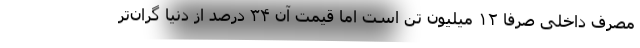
مصرف داخلی صرفا ۱۲ میلیون تن است اما قیمت آن ۳۴ درصد از دنیا گران‌تر